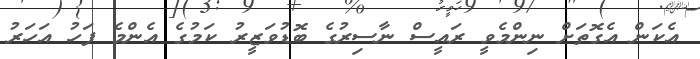
އެކަން އެގޮތަށް ނިންމެވީ ރައީސް ނާސިރުގެ ބޮޑުވަޒީރު ކަމުގެ އެންމެ ފަހު އަހަރު